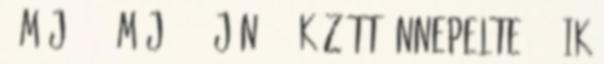
, máj. 6. Máj. 31.–jún. 2. között ünnepelte 380-ik